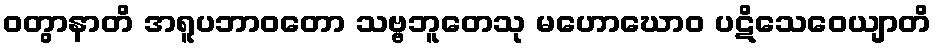
ဝတွာနာတိ အရူပဘာဝတော သဗ္ဗဘူတေသု မဟောဃောဝ ပဋိသေဝေယျာတိ